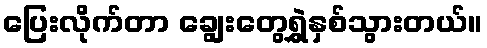
ပြေးလိုက်တာ ချွေးတွေရွှဲနှစ်သွားတယ်။